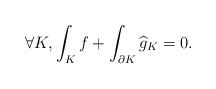
LaTeX: \begin{align*}\forall K, \int_K f + \int_{\partial K}\widehat{g}_K =0.\end{align*}